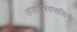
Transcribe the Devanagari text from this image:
संसारभयनाशिनी